Leaving Certificate Examination, 1921
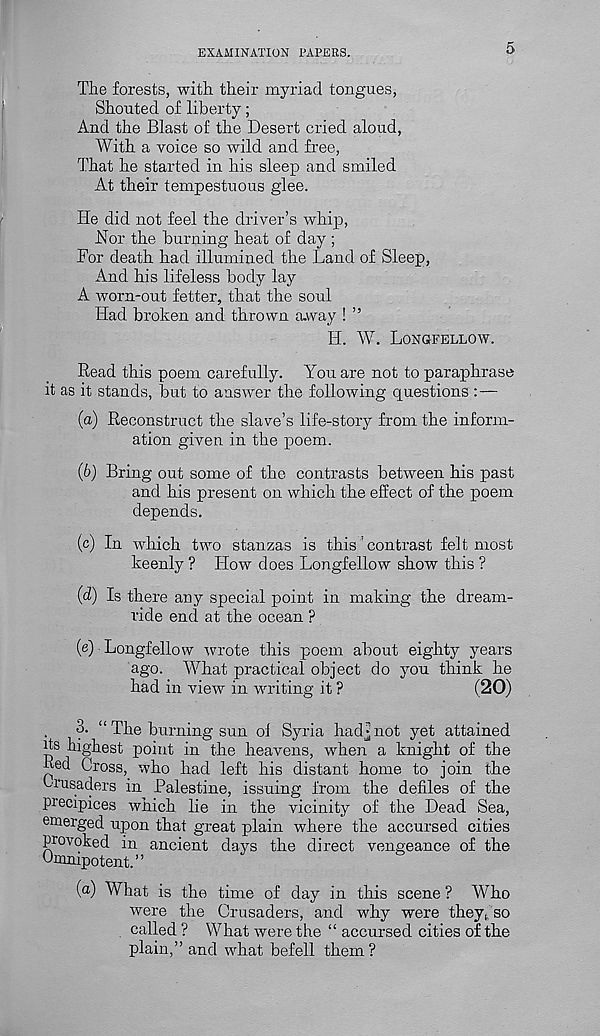
EXAMINATION PAPERS.
5
The forests, with their myriad tongues,
Shouted of liberty;
And the Blast of the Desert cried aloud,
With a voice so wild and free,
That he started in his sleep and smiled
At their tempestuous glee.
He did not feel the driver’s whip,
Nor the burning heat of day ;
For death had illumined the Land of Sleep,
And his lifeless body lay
A worn-out fetter, that the soul
Had broken and thrown away ! ”
H. W. LONGFELLOW.
Read this poem carefully. You are not to paraphrase
it as it stands, but to answer the following questions : —
(а) Reconstruct the slave’s life-story from the inform-
ation given in the poem.
(б) Bring out some of the contrasts between his past
and his present on which the effect of the poem
depends.
(c) In which two stanzas is this' contrast felt most
keenly ? How does Longfellow show this ?
(d) Is there any special point in making the dream-
ride end at the ocean ?
(e) Longfellow wrote this poem about eighty years
ago. What practical object do you think he
had in view in writing it ?
(20)
3. “ The burning sun ol Syria hadjnot yet attained
its highest point in the heavens, when a knight of the
Red Cross, who had left his distant home to join the
crusaders in Palestine, issuing from the defiles of the
precipices which lie in the vicinity of the Dead Sea,
emerged upon that great plain where the accursed cities
provoked in ancient days the direct vengeance of the
Omnipotent.”
(a) What is the time of day in this scene ? Who
were the Crusaders, and why were theyso
called ? What were the “ accursed cities of the
plain,” and what befell them?